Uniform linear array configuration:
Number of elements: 32
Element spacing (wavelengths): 0.75
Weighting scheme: hann
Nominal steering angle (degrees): -45
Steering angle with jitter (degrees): -45.996
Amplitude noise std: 0.05
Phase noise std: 0.05

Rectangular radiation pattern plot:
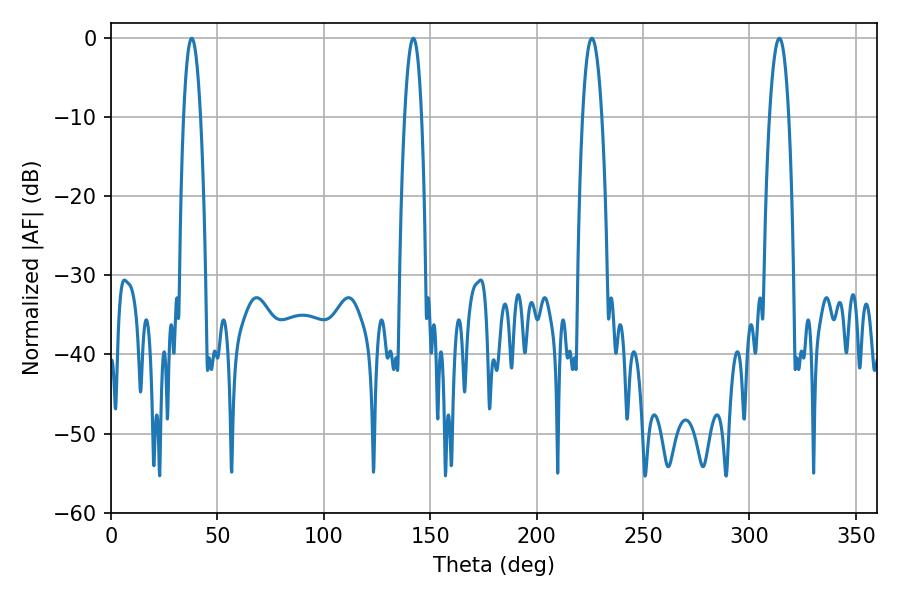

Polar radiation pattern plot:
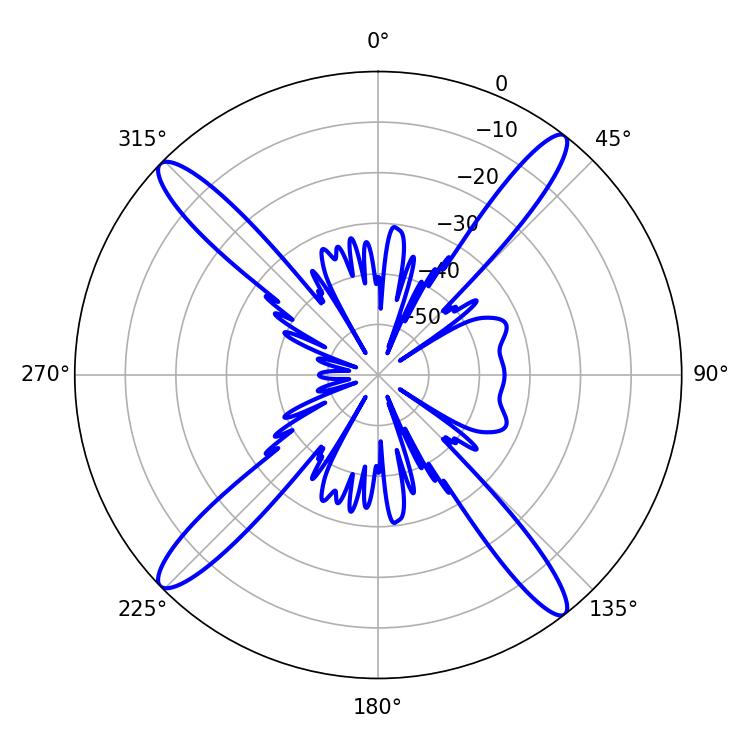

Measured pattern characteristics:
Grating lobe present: TRUE
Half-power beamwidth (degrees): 4.86
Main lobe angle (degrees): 225.9